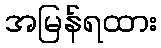
အမြန်ရထား